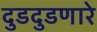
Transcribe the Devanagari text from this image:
दुडदुडणारे